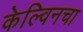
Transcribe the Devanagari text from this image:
केल्विनचा